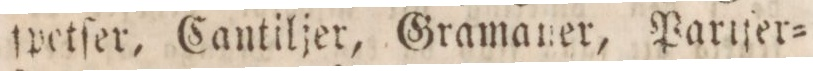
ſpetſer, Cantiljer, Gramaner, Parlſer=